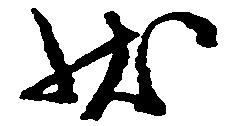
状